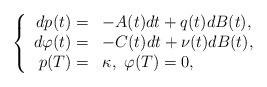
LaTeX: \begin{align*}\left\{\begin{array}[c]{rl}dp(t)= & -A(t)dt+q(t)dB(t),\\d\varphi(t)= & -C(t)dt+\nu(t)dB(t),\\p(T)= & \kappa,\ \varphi(T)=0,\end{array}\right. \end{align*}